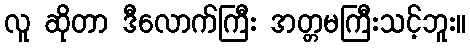
လူ ဆိုတာ ဒီလောက်ကြီး အတ္တမကြီးသင့်ဘူး။